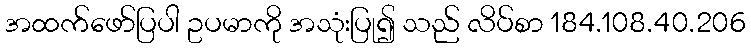
အထက်ဖော်ပြပါ ဥပမာကို အသုံးပြု၍ သည် လိပ်စာ 184.108.40.206